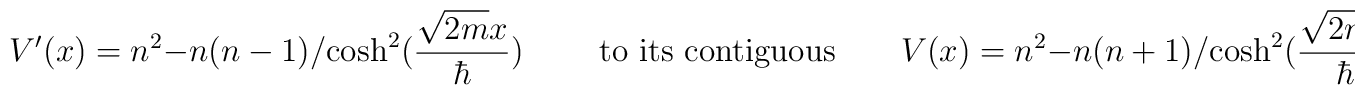
V'(x) = n^2-{n(n-1)}/{\cosh^2({\sqrt{2m}x\over\hbar})}\qquad \hbox{ to its contiguous}\qquad  V(x) = n^2-{n(n+1)}/{\cosh^2({\sqrt{2m}x\over\hbar})},